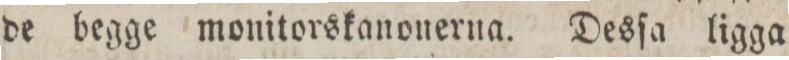
de begge monitorskanonerna. Desſa ligga